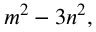
m ^ { 2 } - 3 n ^ { 2 } ,